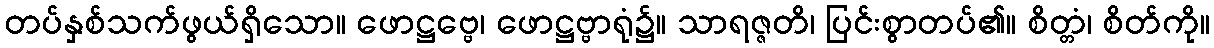
တပ်နှစ်သက်ဖွယ်ရှိသော။ ဖောဋ္ဌဗ္ဗေ၊ ဖောဋ္ဌဗ္ဗာရုံ၌။ သာရဇ္ဇတိ၊ ပြင်းစွာတပ်၏။ စိတ္တံ၊ စိတ်ကို။